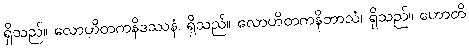
ရှိသည်။ လောဟိတကနိဒဿနံ၊ ရှိသည်။ လောဟိတကနိဘာသံ၊ ရှိသည်။ ဟောတိ